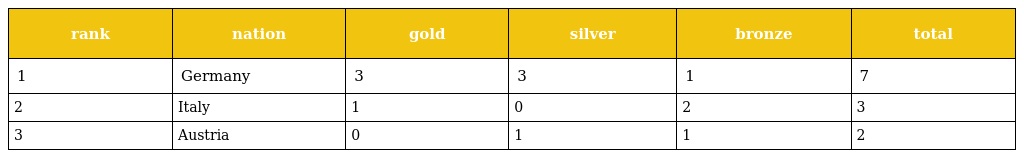
| rank | nation | gold | silver | bronze | total |
 | --- | --- | --- | --- | --- | --- |
 | 1 | Germany | 3 | 3 | 1 | 7 |
 | 2 | Italy | 1 | 0 | 2 | 3 |
 | 3 | Austria | 0 | 1 | 1 | 2 |